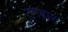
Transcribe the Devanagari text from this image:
टगबार